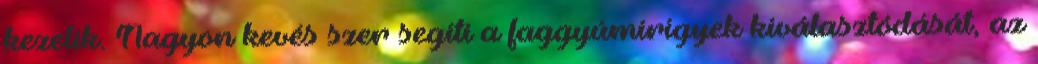
kezelik. Nagyon kevés szer segíti a faggyúmirigyek kiválasztódását, az